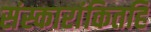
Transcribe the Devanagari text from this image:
संस्कारांकितहि